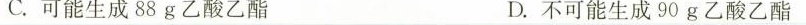
C.可能生成88g乙酸乙酯 D.不可能生成90g乙酸乙酯